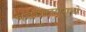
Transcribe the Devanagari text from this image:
पडद्यामागचे